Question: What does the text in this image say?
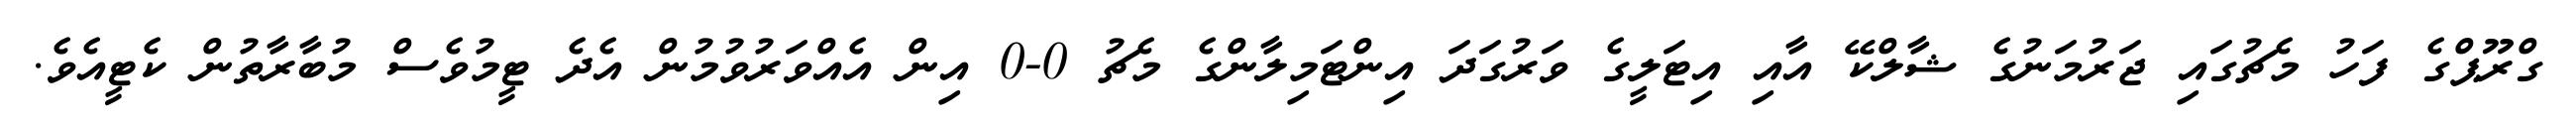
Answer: ގްރޫޕްގެ ފަހު މެޗުގައި ޖަރުމަނުގެ ޝާލްކޭ އާއި އިޓަލީގެ ވަރުގަދަ އިންޓަމިލާންގެ މެޗު 0-0 އިން އެއްވަރުވުމުން އެދެ ޓީމުވެސް މުބާރާތުން ކެޓީއެވެ.